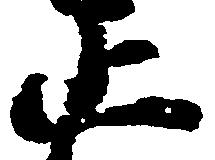
止